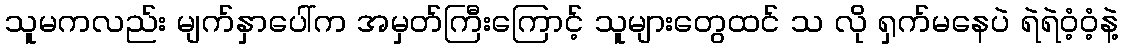
သူမကလည်း မျက်နှာပေါ်က အမှတ်ကြီးကြောင့် သူများတွေထင် သ လို ရှက်မနေပဲ ရဲရဲဝံ့ဝံ့နဲ့